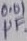
Text: 0.01µF